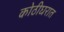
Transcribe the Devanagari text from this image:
कोठीघरात